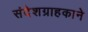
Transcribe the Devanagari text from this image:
संदेशग्राहकाने